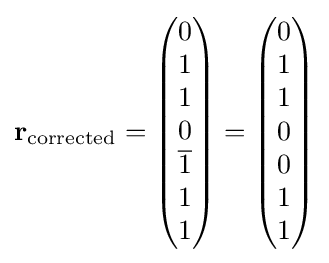
\mathbf {r} _{\text{corrected}}={\begin{pmatrix}0\\1\\1\\0\\{\overline {1}}\\1\\1\end{pmatrix}}={\begin{pmatrix}0\\1\\1\\0\\0\\1\\1\end{pmatrix}}